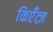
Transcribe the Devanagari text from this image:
किएँत्ज़